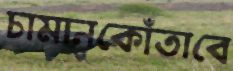
চামানকোঁতাবে